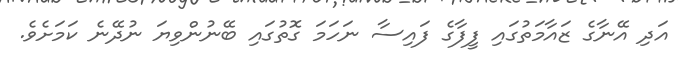
އަދި އޭނާގެ ޒައާމަތުގައި ފީފާގެ ފައިސާ ނަހަމަ ގޮތުގައި ބޭނުންވިޔަ ނުދޭނެ ކަމަށެވެ.